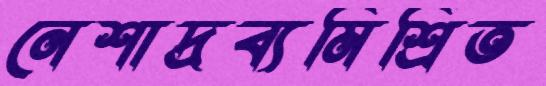
নেশাদ্রব্যমিশ্রিত